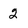
Character: 2